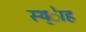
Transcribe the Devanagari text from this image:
स्थ्ेाह